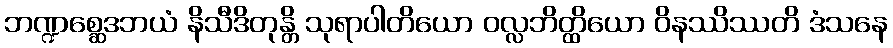
ဘဏ္ဍစ္ဆေဒဘယံ နိသီဒိတုန္တိ သုရာပါတိယော ဝလ္လဘိတ္ထိယော ဝိနဿိဿတိ ဒံသနေ